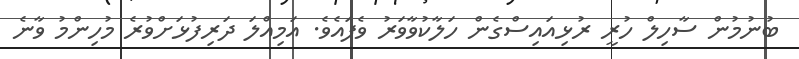
ބުނުމުން ސާހިލް ހުރީ ރުޅިއައިސްގެން ހަލާކުވާވަރު ވެފައެވެ. އަމިއްލަ ދަރިފުޅަށްވުރެ މުހިންމު ވާނެ